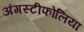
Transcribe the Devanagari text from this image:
अंगस्टीफोलिया